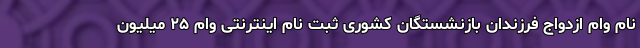
نام وام ازدواج فرزندان بازنشستگان کشوری ثبت نام اینترنتی وام ۲۵ میلیون